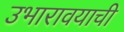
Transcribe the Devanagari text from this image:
उभारावयाची